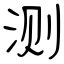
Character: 测